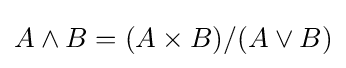
A\wedge B=(A\times B)/(A\vee B)